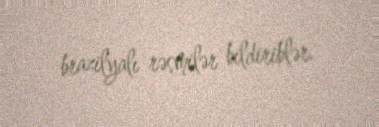
brazilyalı rəsmilər bildiriblər.